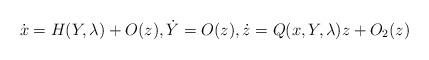
LaTeX: \begin{align*}\dot{x}=H(Y,\lambda)+O(z), \dot{Y}=O(z), \dot{z}=Q(x,Y,\lambda)z+O_2(z)\end{align*}